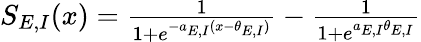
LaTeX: \begin{array}{r}{S_{E,I}(x)=\frac{1}{1+e^{-a_{E,I}(x-\theta_{E,I})}}-\frac{1}{1+e^{a_{E,I}\theta_{E,I}}}}\end{array}